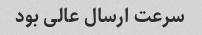
سرعت ارسال عالی بود